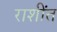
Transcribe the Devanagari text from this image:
राशींत